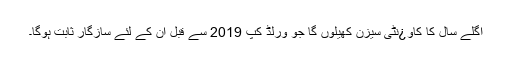
اگلے سال کا کاو¿نٹی سیزن کھیلوں گا جو ورلڈ کپ 2019 سے قبل ان کے لئے سازگار ثابت ہوگا۔